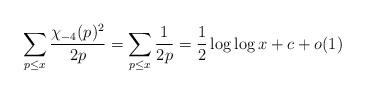
LaTeX: \begin{align*}\sum_{p \leq x} \frac{\chi_{-4}(p)^{2}}{2p} = \sum_{p \leq x} \frac{1}{2p} = \frac{1}{2} \log \log x+c+o(1)\end{align*}